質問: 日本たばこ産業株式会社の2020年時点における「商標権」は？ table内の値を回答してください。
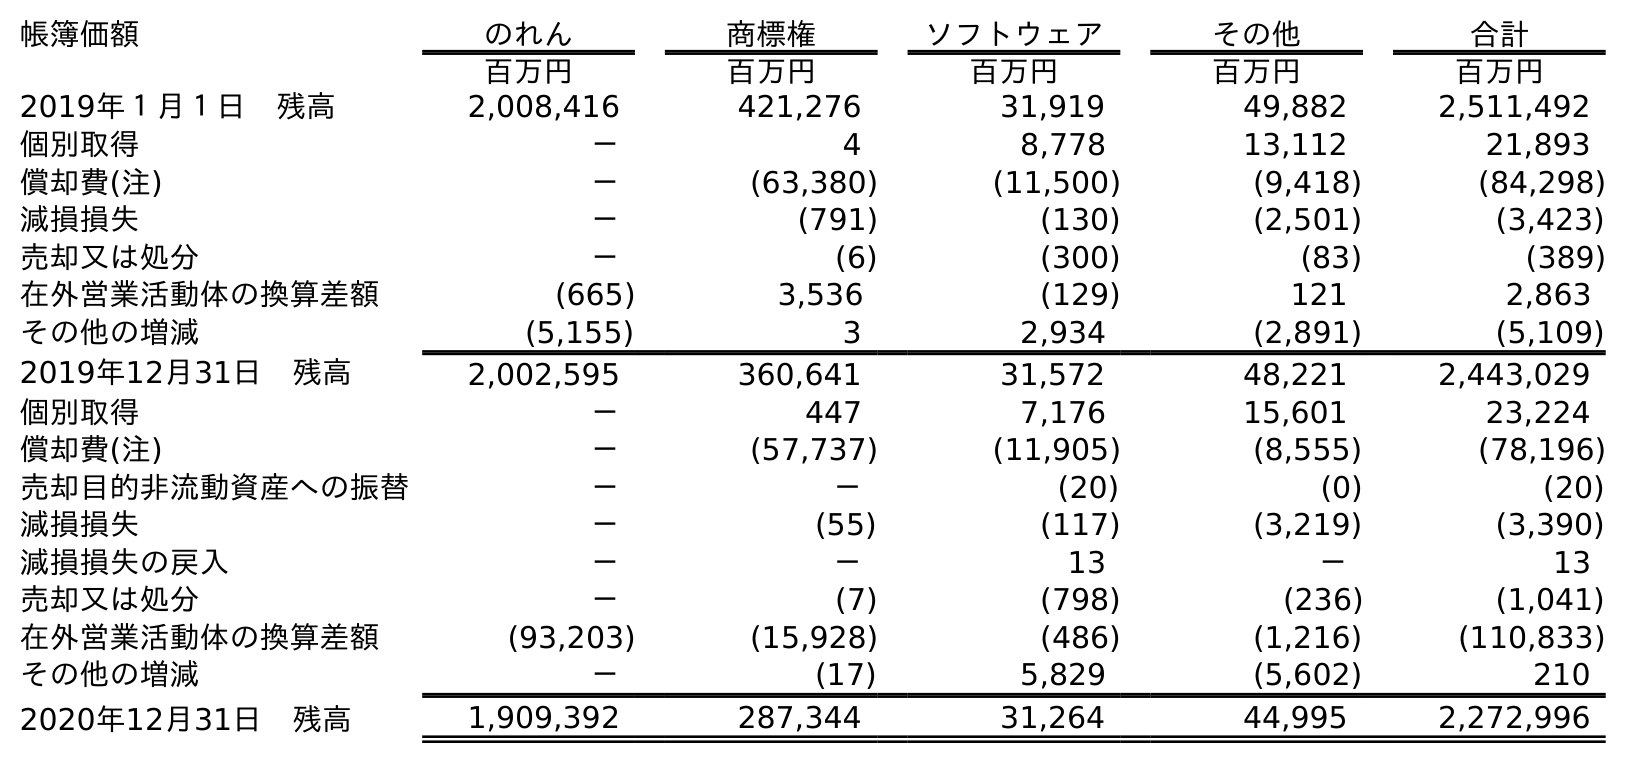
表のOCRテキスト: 帳簿価額 のれん 商標権 ソフトウェア その他 合計 百万円 百万円 百万円 百万円 百万円 2019年１月１日 残高 2,008,416 421,276 31,919 49,882 2,511,492 個別取得 － 4 8,778 13,112 21,893 償却費(注) － (63,380) (11,500) (9,418) (84,298) 減損損失 － (791) (130) (2,501) (3,423) 売却又は処分 － (6) (300) (83) (389) 在外営業活動体の換算差額 (665) 3,536 (129) 121 2,863 その他の増減 (5,155) 3 2,934 (2,891) (5,109) 2019年12月31日 残高 2,002,595 360,641 31,572 48,221 2,443,029 個別取得 － 447 7,176 15,601 23,224 償却費(注) － (57,737) (11,905) (8,555) (78,196) 売却目的非流動資産への振替 － － (20) (0) (20) 減損損失 － (55) (117) (3,219) (3,390) 減損損失の戻入 － － 13 － 13 売却又は処分 － (7) (798) (236) (1,041) 在外営業活動体の換算差額 (93,203) (15,928) (486) (1,216) (110,833) その他の増減 － (17) 5,829 (5,602) 210 2020年12月31日 残高 1,909,392 287,344 31,264 44,995 2,272,996
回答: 287,344